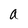
Character: a